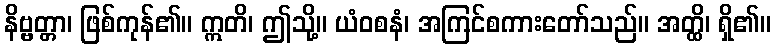
နိဗ္ဗတ္တာ၊ ဖြစ်ကုန်၏။ ဣတိ၊ ဤသို့။ ယံဝစနံ၊ အကြင်စကားတော်သည်။ အတ္ထိ၊ ရှိ၏။